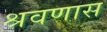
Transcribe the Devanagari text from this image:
श्रवणास